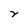
Character: r